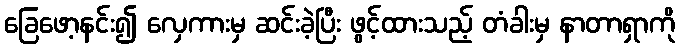
ခြေဖော့နင်း၍ လှေကားမှ ဆင်းခဲ့ပြီး ဖွင့်ထားသည့် တံခါးမှ နာတာရှာကို